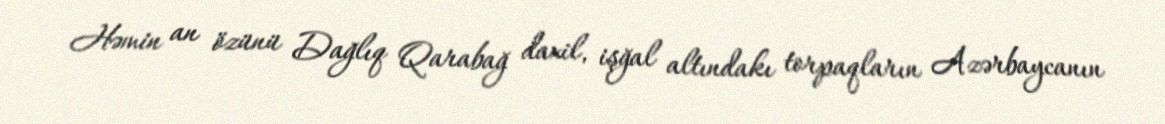
Həmin an özünü Dağlıq Qarabağ daxil, işğal altındakı torpaqların Azərbaycanın